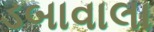
ડબાવાલા